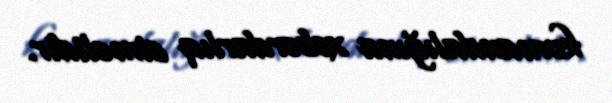
komandalığına xəbərdarlıq etməlidir.